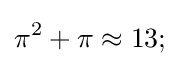
\pi ^{2}+\pi \approx 13;